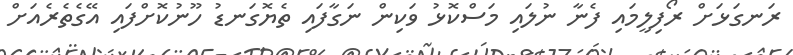
ރަނގަޅަށް ރޯފިލީމައި ފެނާ ނުލައި މަސްކޮޅު ވަކިން ނަގާފައި ތެޔޮގަނޑު ހޫނުކޮށްފައި އޭގެތެރެއަށް